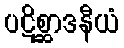
ပဋိစ္ဆာဒနီယံ